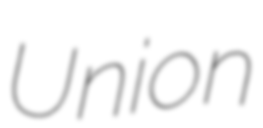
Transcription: Union